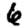
Digit: 6